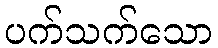
ပက်သက်သော